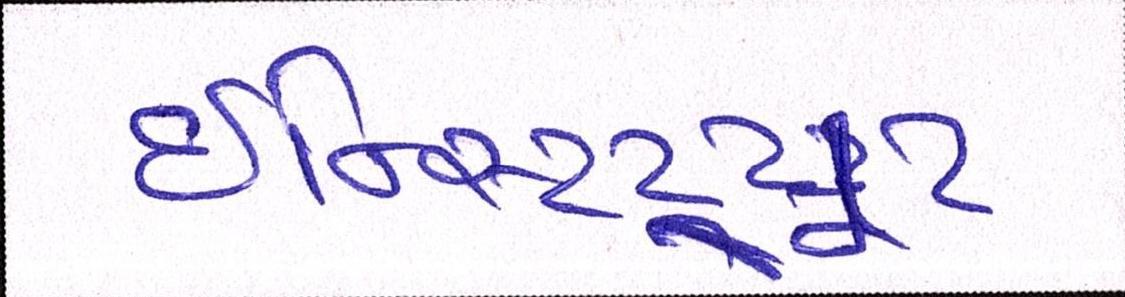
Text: ઈન્સ્ટિટ્યૂટ